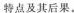
特点及其后果。